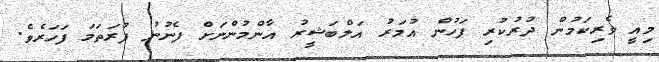
މިއީ ވެރިކަމުން ދުރުކުރި ފަހުން އުމަރު އަލްބަޝީރު އާންމުންނަށް ފެނުނު ފުރަތަމަ ފަހަރެވެ.